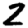
Digit: 2